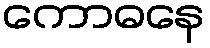
ကောဓနေ